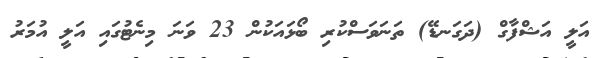
އަލީ އަޝްފާގް (ދަގަނޑޭ) ތަނަވަސްކުރި ބޯޅައަކުން 23 ވަނަ މިނެޓުގައި އަލީ އުމަރު